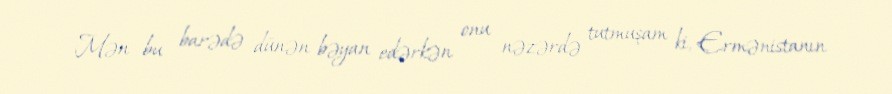
- Mən bu barədə dünən bəyan edərkən onu nəzərdə tutmuşam ki, Ermənistanın